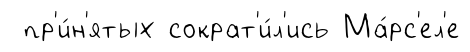
пр'и́н'ятых сократ'и́л'ись Ма́рс'ел'е